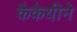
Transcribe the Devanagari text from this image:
कैकेयीने